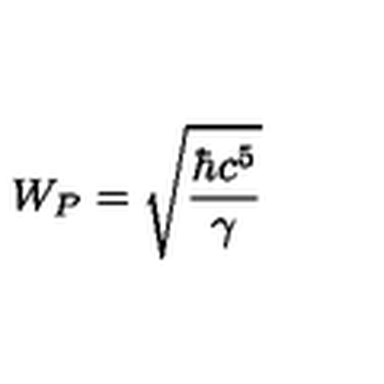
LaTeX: W _ { P } = \sqrt { \frac { \hbar c ^ { 5 } } { \gamma } }